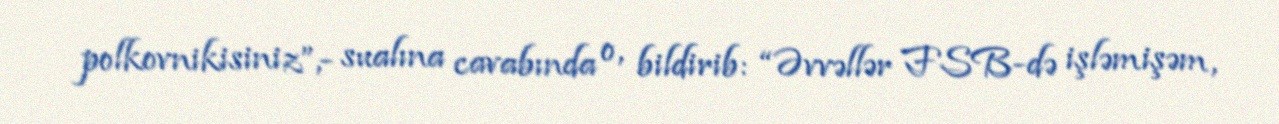
polkovnikisiniz”,- sualına cavabında o, bildirib: “Əvvəllər FSB-də işləmişəm,